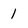
Character: 1